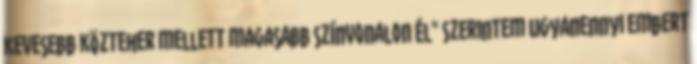
kevesebb közteher mellett magasabb színvonalon él" Szerintem ugyanennyi embert